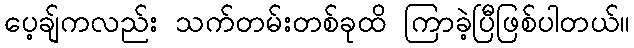
ပေ့ချ်ကလည်း သက်တမ်းတစ်ခုထိ ကြာခဲ့ပြီဖြစ်ပါတယ်။